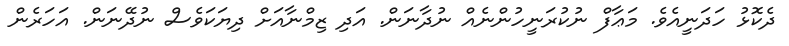
ދެކޮޅު ހަދަނީއެވެ. މަޢާފް ނުކުރަނީހުންނެއް ނުދާނަން. އަދި ޒިމްނާއަށް ދިޔަކަވެސް ނުދޭނަން. އަހަރެން